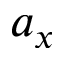
a _ { x }